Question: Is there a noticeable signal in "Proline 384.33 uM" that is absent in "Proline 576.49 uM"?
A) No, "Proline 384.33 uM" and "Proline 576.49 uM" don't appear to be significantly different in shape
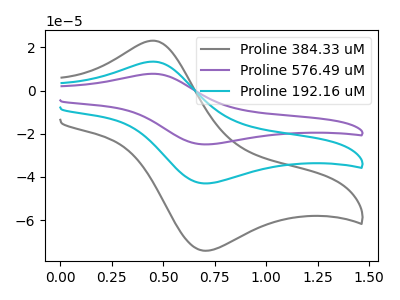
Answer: <think>The gray curve "Proline 384.33 uM" has an anodic peak at (0.45V, 23.10uA) and a cathodic peak at (0.70V, -74.10uA). The purple curve "Proline 576.49 uM" has an anodic peak at (0.45V, 26.75uA) and a cathodic peak at (0.70V, -85.95uA). The cyan curve "Proline 192.16 uM" has an anodic peak at (0.45V, 13.40uA) and a cathodic peak at (0.70V, -42.95uA).
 All the peaks in "Proline 384.33 uM" have a peak in "Proline 576.49 uM" at the same potential. Every peak in "Proline 384.33 uM" is lower than every peak in "Proline 576.49 uM".</think>
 <answer>A) No, "Proline 384.33 uM" and "Proline 576.49 uM" don't appear to be significantly different in shape</answer>
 <eval>A</eval>